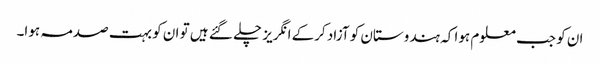
ان کو جب معلوم ہوا کہ ہندوستان کو آزاد کرکے انگریز چلے گئے ہیں تو ان کو بہت صدمہ ہوا۔